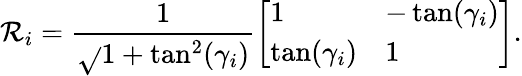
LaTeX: \mathcal{R}_{i}={\frac{{1}}{{\sqrt{}{{1+\tan^{2}(\gamma_{i})}}}}}{\left[\begin{array}{ll}{1}&{-\tan(\gamma_{i})}\\ {\tan(\gamma_{i})}&{1}\end{array}\right]}.